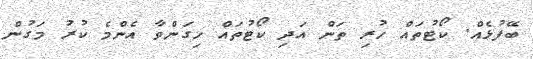
ބޭފުޅެއް. ކޯޓުތައް ހުރި ތަން އަދި ކޯޓުތައް ހިގަންވާ އެންމެ ކުރު މަގުން